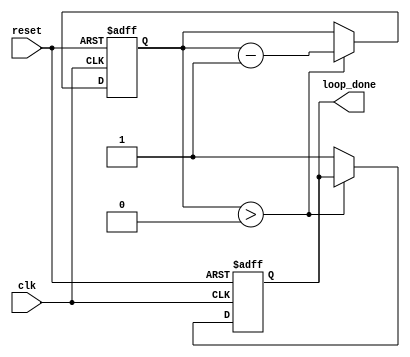
module decremental_loop (
    input wire clk,
    input wire reset,
    output reg loop_done
);

reg [7:0] index;

always @(posedge clk or posedge reset) begin
    if (reset) begin
        index <= 0;
        loop_done <= 0;
    end else begin
        if (index > 0) begin
            // Perform actions or operations based on index value here
            
            index <= index - 1;
        end else begin
            loop_done <= 1;
        end
    end
end

endmodule